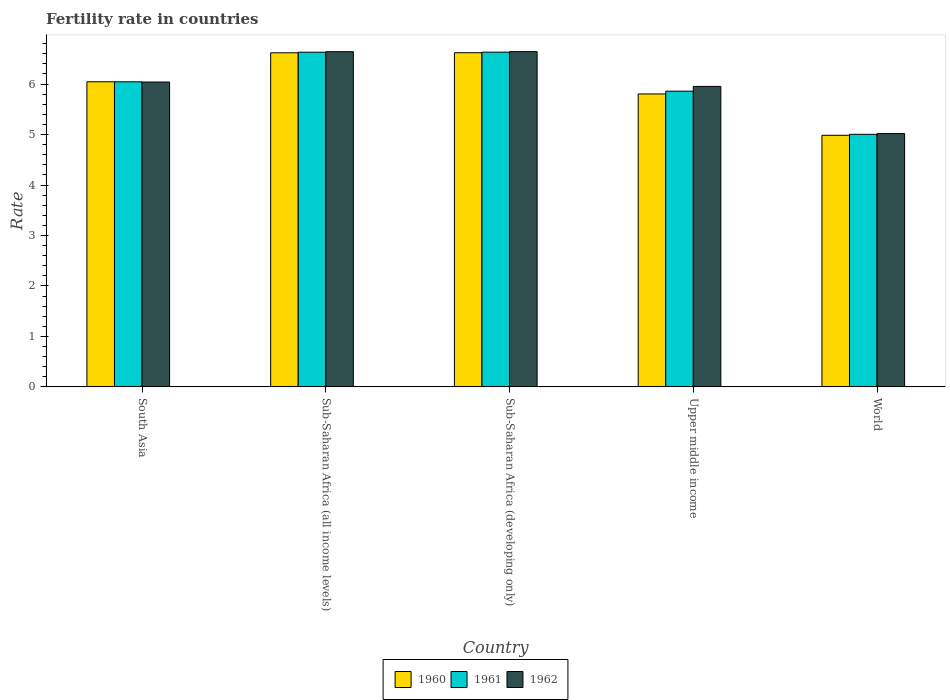
| Country | 1960 | 1961 | 1962 |
 | --- | --- | --- | --- |
 | South Asia | 6.05 | 6.05 | 6.04 |
 | Sub-Saharan Africa (all income levels) | 6.62 | 6.63 | 6.64 |
 | Sub-Saharan Africa (developing only) | 6.62 | 6.63 | 6.64 |
 | Upper middle income | 5.8 | 5.86 | 5.95 |
 | World | 4.99 | 5 | 5.02 |